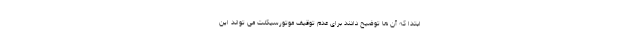
ابتدا که آن ها توضیح دادند برای عدم توقیف موتورسیکلت می تواند این